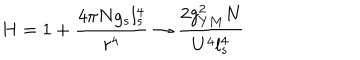
H = 1 + \frac { 4 \pi N g _ { s } l _ { s } ^ { 4 } } { r ^ { 4 } } \rightarrow \frac { 2 g _ { Y M } ^ { 2 } N } { U ^ { 4 } l _ { s } ^ { 4 } }